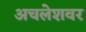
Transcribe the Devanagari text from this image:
अचलेशवर